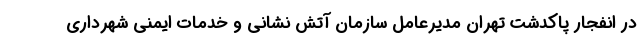
در انفجار پاکدشت تهران مدیرعامل سازمان آتش نشانی و خدمات ایمنی شهرداری